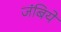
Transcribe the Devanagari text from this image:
जंबिये